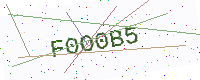
Text: F0O0B5